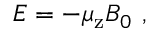
E = - \mu _ { \mathrm { z } } B _ { 0 } \ ,